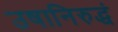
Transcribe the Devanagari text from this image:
उषानिरुद्धं